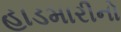
હાડમારીનો